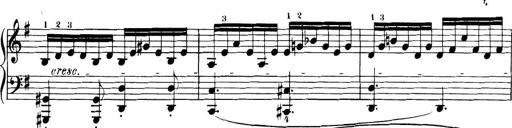
Title: 32 Sonatinas and Rondos for the Piano
Composer: Richard Kleinmichel